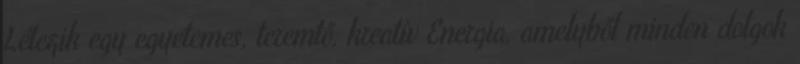
Létezik egy egyetemes, teremtő, kreatív Energia, amelyből minden dolgok